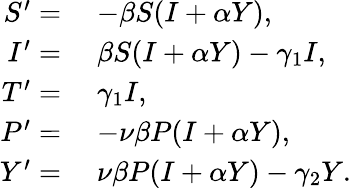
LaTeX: \begin{array}{rl}{S^{\prime}=}&{\; -\beta S(I+\alpha Y),}\\ {I^{\prime}=}&{\; \beta S(I+\alpha Y)-\gamma_{1}I,}\\ {T^{\prime}=}&{\; \gamma_{1}I,}\\ {P^{\prime}=}&{\; -\nu\beta P(I+\alpha Y),}\\ {Y^{\prime}=}&{\; \nu\beta P(I+\alpha Y)-\gamma_{2}Y.}\end{array}